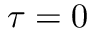
\tau = 0